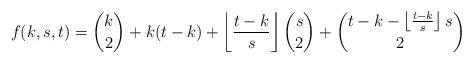
LaTeX: \begin{align*} f(k,s,t)=\binom{k}{2}+k(t-k)+\left\lfloor\frac{t-k}{s}\right\rfloor\binom{s}{2}+\binom{t-k-\left\lfloor\frac{t-k}{s}\right\rfloor s}{2} \end{align*}